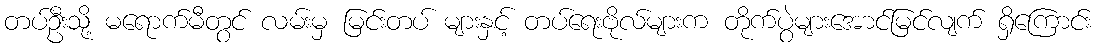
တပ်ဦးသို့ မရောက်မီတွင် လမ်းမှ မြင်းတပ် များနှင့် တပ်ရေးဗိုလ်များက တိုက်ပွဲများအောင်မြင်လျက် ရှိကြောင်း